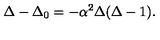
\Delta - { \Delta _ { 0 } } = - { \alpha ^ { 2 } } \Delta ( \Delta - 1 ) .